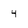
Character: 4